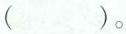
( )。